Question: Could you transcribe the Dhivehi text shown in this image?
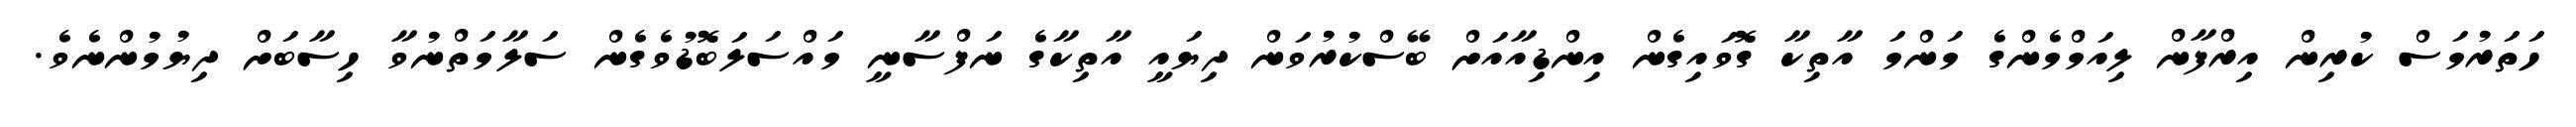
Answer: ހަތަރުމަސް ކުރިން އިރްފާން ލިއަމްމެންގެ މަންމަ އާތިކާ ގޮވައިގެން އިންޑިއާއަށް ބޭސްކުރުވަން ދިޔައީ އާތިކާގެ ނަފްސާނީ މައްސަލަބޮޑުވެގެން ސަލާމަތްނުވާ ހިސާބަށް ދިޔުމުންނެވެ.